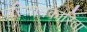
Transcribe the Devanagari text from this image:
परिणामकारिता